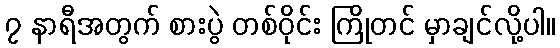
၇ နာရီအတွက် စားပွဲ တစ်ဝိုင်း ကြိုတင် မှာချင်လို့ပါ။